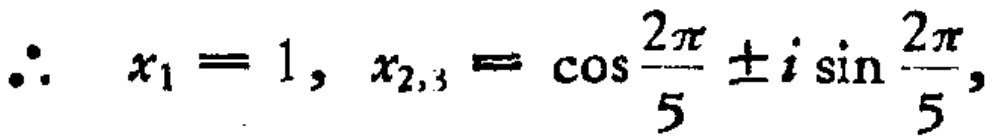
\(\therefore \quad x_{1}=1, x_{2,3}=\cos \frac{2 \pi}{5} \pm i \sin \frac{2 \pi}{5},\)